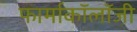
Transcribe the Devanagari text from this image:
फार्माकॉलॉजी